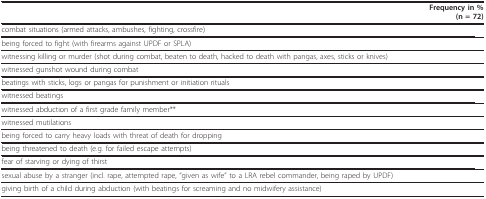
<table><thead><tr><td>[EMPTY_CELL]</td><td><b>Frequency in %(n = 72)</b></td></tr></thead><tbody><tr><td>combat situations (armed attacks, ambushes, fighting, crossfire)</td><td>[EMPTY_CELL]</td></tr><tr><td>being forced to fight (with firearms against UPDF or SPLA)</td><td>[EMPTY_CELL]</td></tr><tr><td>witnessing killing or murder (shot during combat, beaten to death, hacked to death with pangas, axes, sticks or knives)</td><td>[EMPTY_CELL]</td></tr><tr><td>witnessed gunshot wound during combat</td><td>[EMPTY_CELL]</td></tr><tr><td>beatings with sticks, logs or pangas for punishment or initiation rituals</td><td>[EMPTY_CELL]</td></tr><tr><td>witnessed beatings</td><td>[EMPTY_CELL]</td></tr><tr><td>witnessed abduction of a first grade family member**</td><td>[EMPTY_CELL]</td></tr><tr><td>witnessed mutilations</td><td>[EMPTY_CELL]</td></tr><tr><td>being forced to carry heavy loads with threat of death for dropping</td><td>[EMPTY_CELL]</td></tr><tr><td>being threatened to death (e.g. for failed escape attempts)</td><td>[EMPTY_CELL]</td></tr><tr><td>fear of starving or dying of thirst</td><td>[EMPTY_CELL]</td></tr><tr><td>sexual abuse by a stranger (incl. rape, attempted rape, "given as wife" to a LRA rebel commander, being raped by UPDF)</td><td>[EMPTY_CELL]</td></tr><tr><td>giving birth of a child during abduction (with beatings for screaming and no midwifery assistance)</td><td>[EMPTY_CELL]</td></tr></tbody></table>